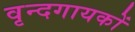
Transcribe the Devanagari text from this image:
वृन्दगायकों